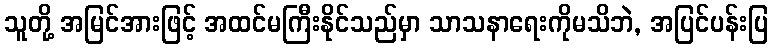
သူတို့ အမြင်အားဖြင့် အထင်မကြီးနိုင်သည်မှာ သာသနာရေးကိုမသိဘဲ, အပြင်ပန်းပြ